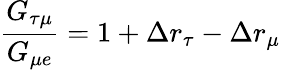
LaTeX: \frac{G_{\tau\mu}}{G_{\mu e}}=1+\Delta r_{\tau}-\Delta r_{\mu}